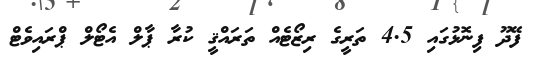
ފޭދޫ ފިނޮޅުގައި 4.5 ތަރީގެ ރިޒޯޓެއް ތަރައްޤީ ކުރާ ޕާލް އެޓޯލް ޕްރައިވެޓް